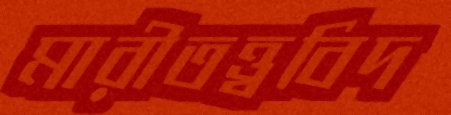
মারীতত্ত্ববিদ